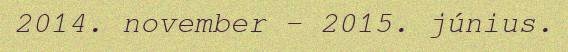
2014. november – 2015. június.